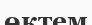
өктем